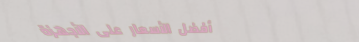
أفضل الأسعار على الأجهزة